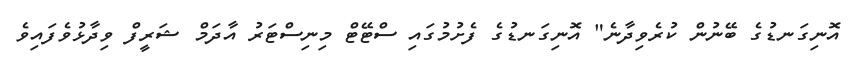
އޮނިގަނޑުގެ ބޭނުން ކުރެވިދާނެ" އޮނިގަނޑުގެ ފެށުމުގައި ސްޓޭޓް މިނިސްޓަރު އާދަމް ޝަރީފް ވިދާޅުވެފައިވެ